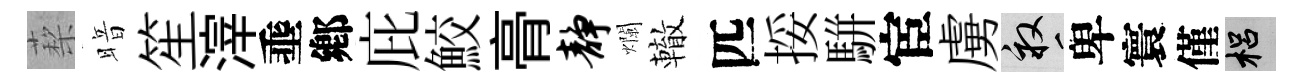
蔾暗笙滓埀鄕庇鮫𮌔静爛轍匹挼駢宦虜畝卑寰僅梠